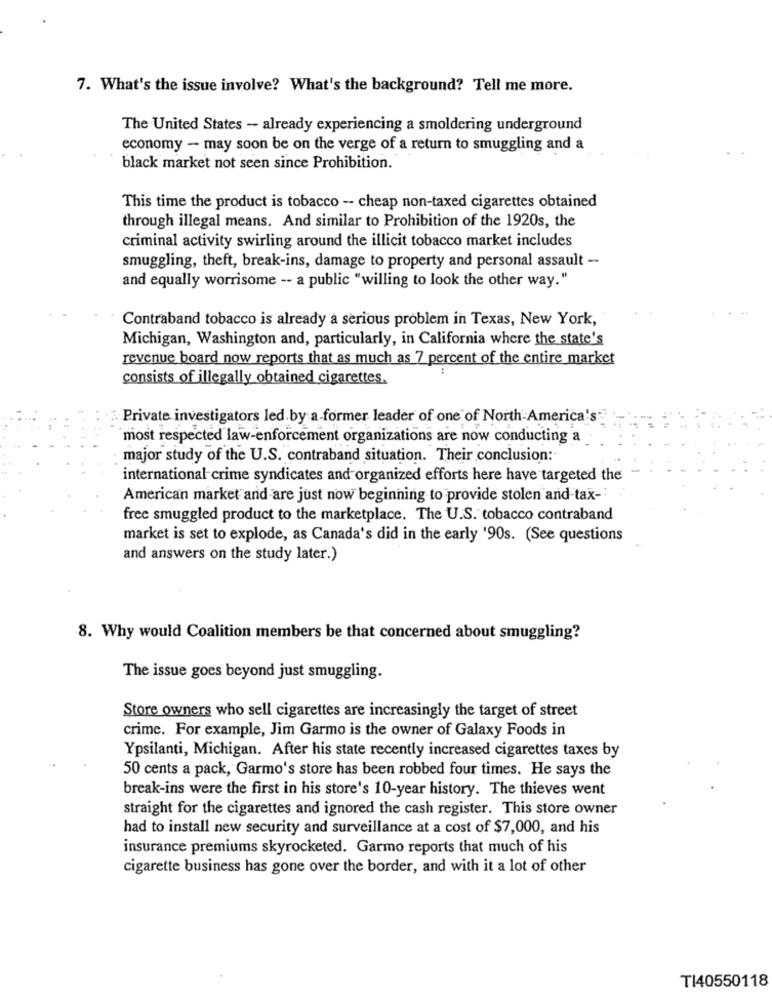
7. What's the issue involve? What's the background? Tell me more.
The United States - already experiencing a smoldering underground
economy - may soon be on the verge of a return to smuggling and a
black market not seen since Prohibition.
This time the product is tobacco -- cheap non-taxed cigarettes obtained
through illegal means. And similar to Prohibition of the 1920s, the
criminal activity swirling around the illicit tobacco market includes
smuggling, theft, break-ins, damage to property and personal assault --
and equally worrisome -- a public "willing to look the other way."
Contraband tobacco is already a serious problem in Texas, New York,
Michigan, Washington and, particularly, in California where the state's
revenue board now reports that as much as 7 percent of the entire market
consists of illegally obtained cigarettes.
Private investigators led by a former leader of one of North America's
most respected law-enforcement organizations are now conducting a
major study of the U.S. contraband situation. Their conclusion:
international crime syndicates and organized efforts here have targeted the
American market and are just now beginning to provide stolen and tax-
free smuggled product to the marketplace. The U.S. tobacco contraband
market is set to explode, as Canada's did in the early '90s. (See questions
and answers on the study later.)
8. Why would Coalition members be that concerned about smuggling?
The issue goes beyond just smuggling.
Store owners who sell cigarettes are increasingly the target of street
crime. For example, Jim Garmo is the owner of Galaxy Foods in
Ypsilanti, Michigan. After his state recently increased cigarettes taxes by
50 cents a pack, Garmo's store has been robbed four times. He says the
break-ins were the first in his store's 10-year history. The thieves went
straight for the cigarettes and ignored the cash register. This store owner
had to install new security and surveillance at a cost of $7,000, and his
insurance premiums skyrocketed. Garmo reports that much of his
cigarette business has gone over the border, and with it a lot of other
TI40550118